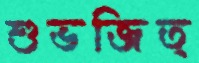
শুভজিত্